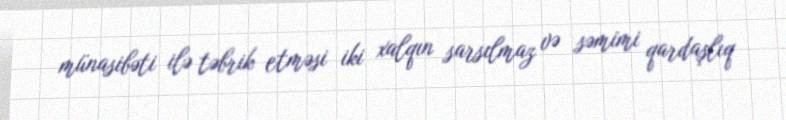
münasibəti ilə təbrik etməsi iki xalqın sarsılmaz və səmimi qardaşlıq